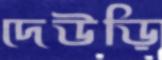
দেউড়ি